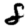
Digit: 8